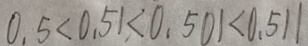
0 . 5 < 0 . 5 1 < 0 . 5 0 1 < 0 . 5 1 1